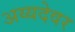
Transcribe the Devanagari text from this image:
अय्यदेवर